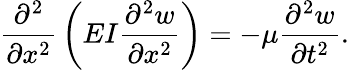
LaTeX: {\frac{\partial^{2}}{\partial x^{2}}}\left(EI{\frac{\partial^{2}w}{\partial x^{2}}}\right)=-\mu{\frac{\partial^{2}w}{\partial t^{2}}}.